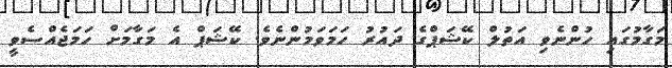
މަގާމުގައި ހުންނެވި އަތުލް ކޭޝަޕްގެ ދައުރު ހަމަވަމުންނެވެ. ކޭޝަޕް އެ މަގާމަށް ހަމަޖެއްސެވީ